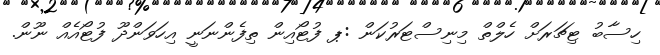
ހިސާބު ޓިޗަރަށް ހެލްތް މިނިސްޓަރުކަން :ޕ ފުޓޯއިން ތިފެންނަނީ އިހަވަންދޫ ފުޓޯއެއް ނޫން.